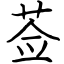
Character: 莶